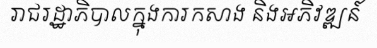
រាជរដ្ឋាភិបាលក្នុងការកសាង និងអភិវឌ្ឍន៍